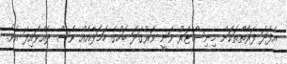
އެފަދަ ފަރާތްތަކަށް މިނިސްޓަރު ވަނީ ވަރުގަދަ ބަހުގެ ހަމަލާއެއް ވެސް ދެއްވައިފަ އެވެ.